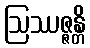
ဩဿဇ္ဇန္တိ